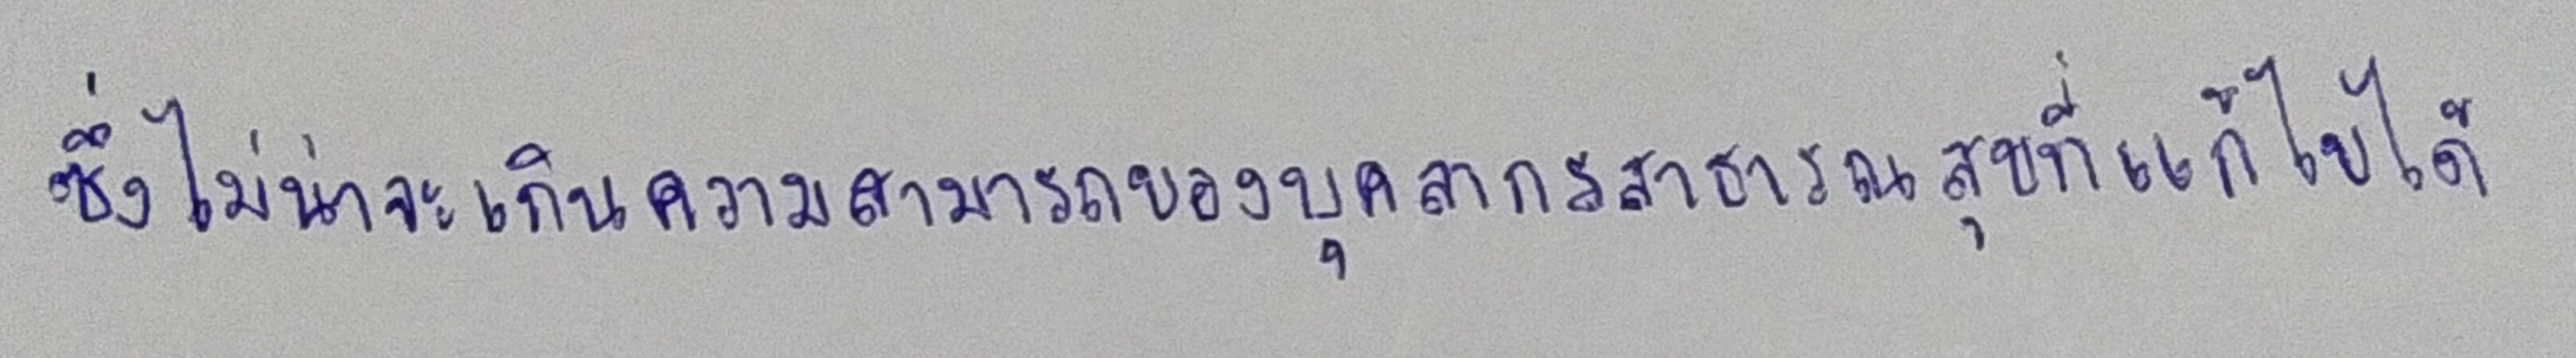
ซึ่งไม่น่าจะเกินความสามารถของบุคลากรสาธารณสุขที่จะแก้ไขได้